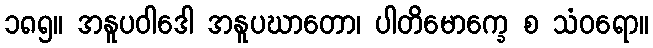
၁၈၅။ အနူပဝါဒေါ အနူပဃာတော၊ ပါတိမောက္ခေ စ သံဝရော။